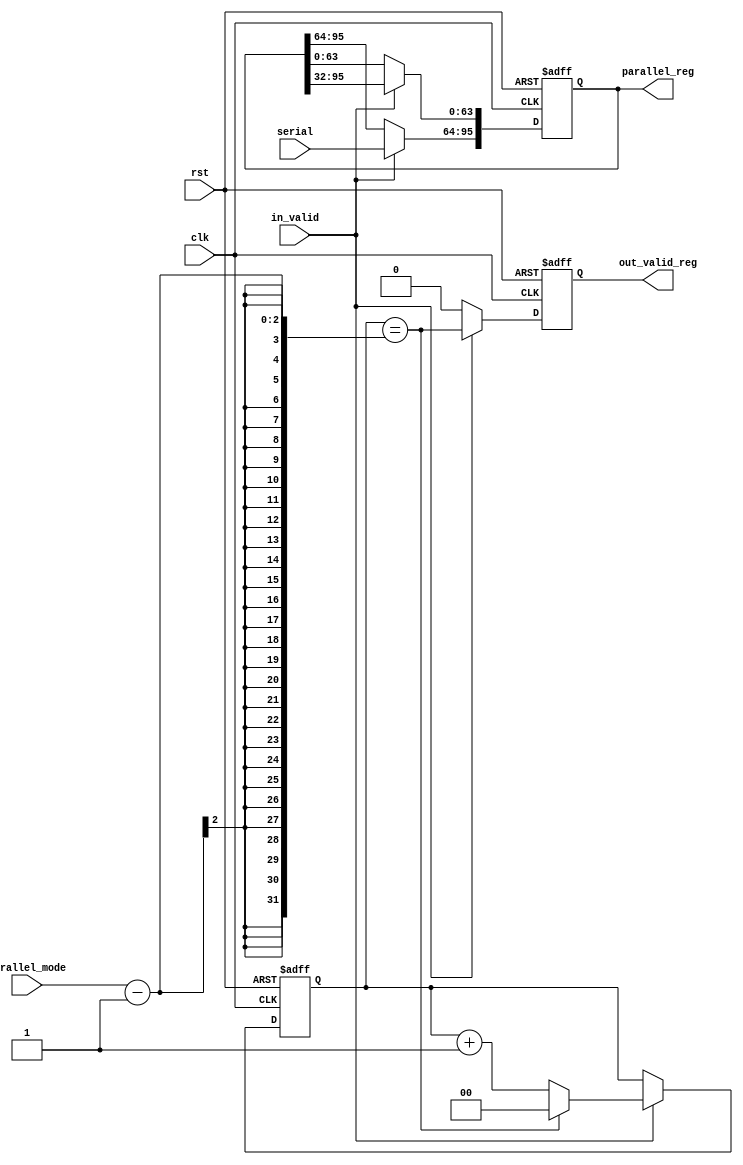
module SerialToParallel #(parameter PARALLEL_NUM = 3, SERIAL_WIDTH = 16*2) (
    output  reg           [PARALLEL_NUM*SERIAL_WIDTH -1 : 0]    parallel_reg, // concatenate serial inputs
    output  reg                                                 out_valid_reg,
    input   wire  signed  [SERIAL_WIDTH              -1 : 0]    serial,
    input   wire                                                in_valid,
    input   wire          [1                            : 0]    parallel_mode,
    input   wire                                                clk,
    input   wire                                                rst
);

localparam COUNTER_WIDTH = $clog2(PARALLEL_NUM+1);



reg         [COUNTER_WIDTH             -1 : 0]   counter_reg;
reg         [COUNTER_WIDTH             -1 : 0]   counter;
reg signed  [PARALLEL_NUM*SERIAL_WIDTH -1 : 0]   parallel;
reg                                              out_valid;

always @(posedge clk or negedge rst)
  begin

      if (!rst) begin
          parallel_reg  <= 'd0;
          counter_reg   <= 'd0;
          out_valid_reg <= 'd0;
      end
      else begin
          parallel_reg  <= parallel;
          counter_reg   <= counter;
          out_valid_reg <= out_valid;   
      end

  end
  
always @(*) begin

    parallel  = parallel_reg;
    counter   = counter_reg;
    out_valid = 1'b0;
    if (in_valid) begin
        parallel                                                              = parallel >> (SERIAL_WIDTH);
        parallel[SERIAL_WIDTH*PARALLEL_NUM-1 : SERIAL_WIDTH*(PARALLEL_NUM-1)] = serial;
        counter                                                               = counter_reg + 1'd1;
        out_valid                                                             = (counter_reg == parallel_mode -1);
        if (counter_reg == parallel_mode -1 ) begin
            counter = 'd0;
        end
    end

end

endmodule